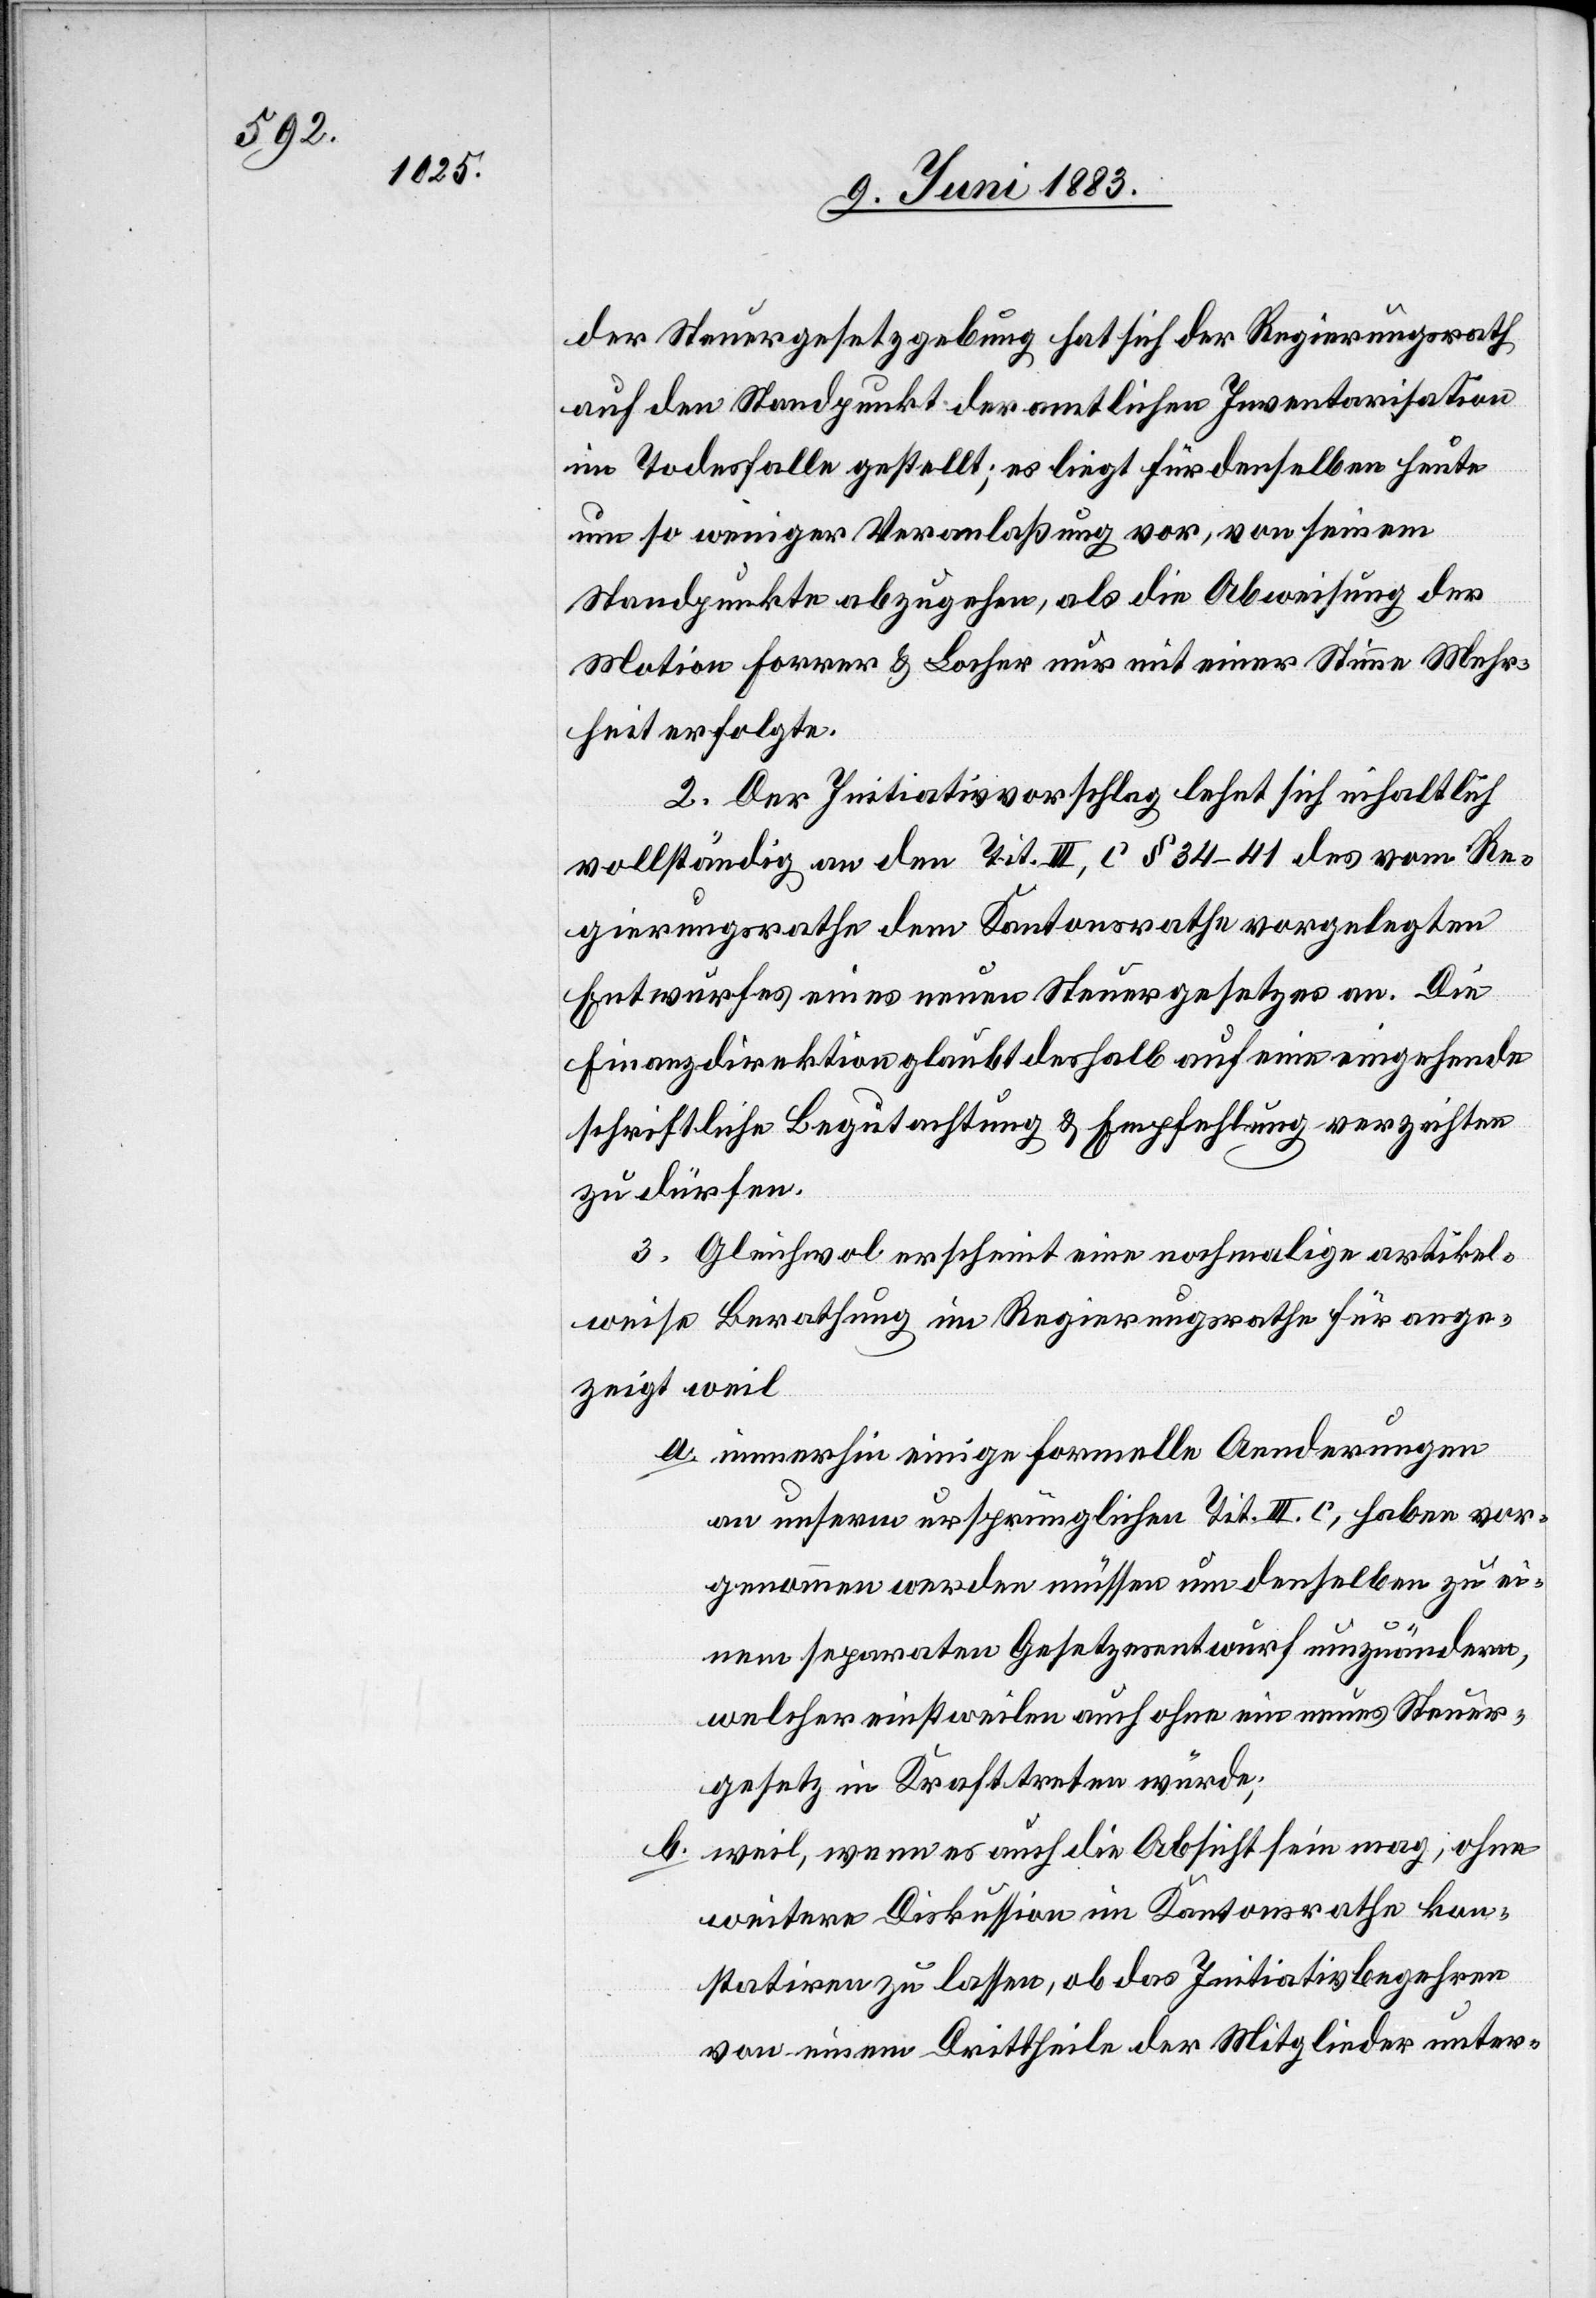
der Steuergesetzgebung hat sich der Regierungsrath
auf den Standpunkt der amtlichen Inventarisation
im Todesfalle gestellt; es liegt für denselben heute
um so weniger Veranlaßung vor, von seinem
Standpunkte abzugehen, als die Abweisung der
Motion Forrer & Locher nur mit einer Stimme Mehr¬
heit erfolgte.
2. Der Initiativvorschlag lehnt sich inhaltlich
vollständig an den Tit. III, C § 34–41 des vom Re¬
gierungsrathe dem Kantonsrathe vorgelegten
Entwurfes eines neuen Steuergesetzes an. Die
Finanzdirektion glaubt deshalb auf eine eingehende
schriftliche Begutachtung & Empfehlung verzichten
zu dürfen.
3. Gleichwol erscheint eine nochmalige artikel¬
weise Berathung im Regierungsrathe für ange¬
zeigt weil
a. immerhin einige formelle Aenderungen
an unserm ursprünglichen Tit. III. C, haben vor¬
genommen werden müssen um denselben zu ei¬
nem separaten Gesetzesentwurf umzuändern,
welcher einstweilen auch ohne ein neues Steuer¬
gesetz in Krafttreten würde;
b. weil, wenn es auch die Absicht sein mag, ohne
weitere Diskussion im Kantonsrathe kon¬
statiren zu lassen, ob das Initiativbegehren
von einem Drittheile der Mitglieder unter-